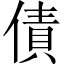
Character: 債